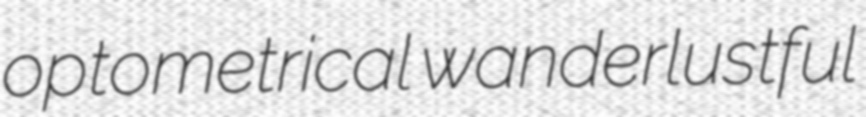
optometrical wanderlustful